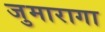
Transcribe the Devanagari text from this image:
जुमारागा